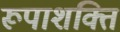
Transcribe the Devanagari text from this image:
रूपाशक्ति